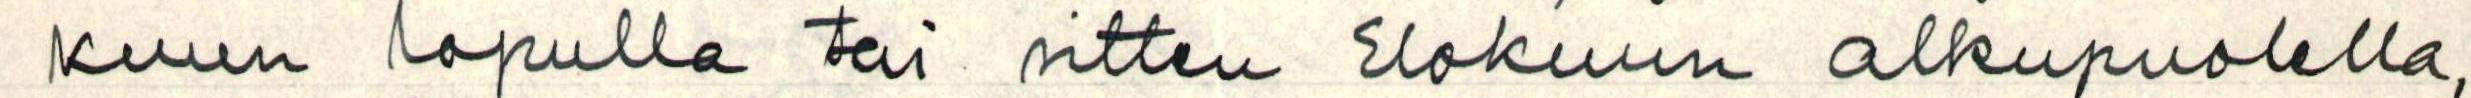
kuun lopulla tai sitten Elokuun alkupuolella